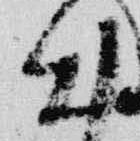
出